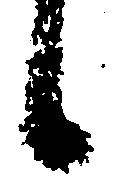
候